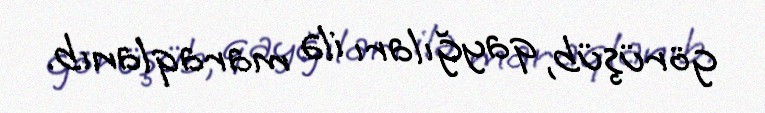
görüşüb, qayğıları ilə maraqlanıb.